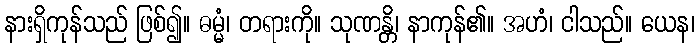
နားရှိကုန်သည် ဖြစ်၍။ ဓမ္မံ၊ တရားကို။ သုဏန္တိ၊ နာကုန်၏။ အဟံ၊ ငါသည်။ ယေန၊